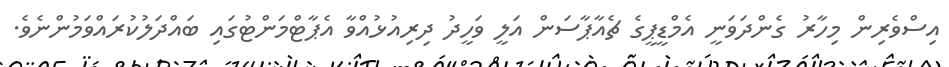
އިސްވެރިން މިހާރު ގެންދަވަނީ އެމްޑީޕީގެ ޗެއާޕާސަން އަލީ ވަހީދު ދިރިއުޅުއްވާ އެޕާޓްމަންޓުގައި ބައްދަލުކުރައްވަމުންނެވެ.